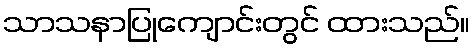
သာသနာပြုကျောင်းတွင် ထားသည်။